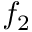
f _ { 2 }